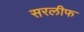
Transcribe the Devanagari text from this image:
सरलीफ